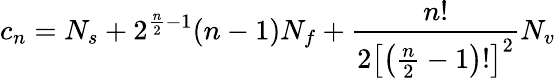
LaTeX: c_{n}=N_{s}+2^{{\frac{n}{2}}-1}(n-1)N_{f}+{\frac{n!}{2\left[\left({\frac{n}{2}}-1\right)!\right]^{2}}}N_{v}